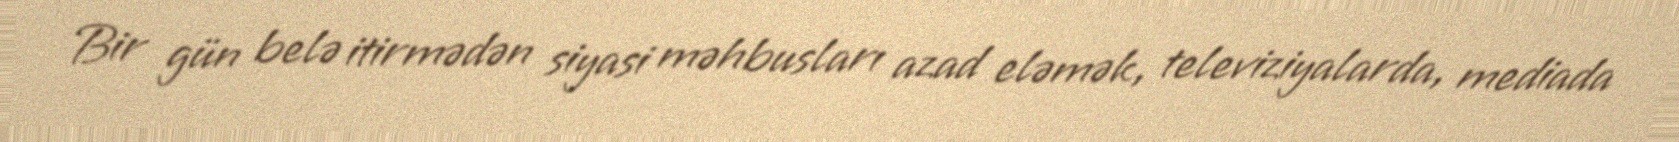
Bir gün belə itirmədən siyasi məhbusları azad eləmək, televiziyalarda, mediada